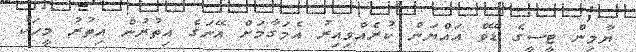
ޔާމިން ޓީސީގެ ޑޭވް އައްޔަން ކުރެއްވިއިރު އެމަގާމަށް އޭނަގެ އިތުރުން އިތުރު މީހަކު